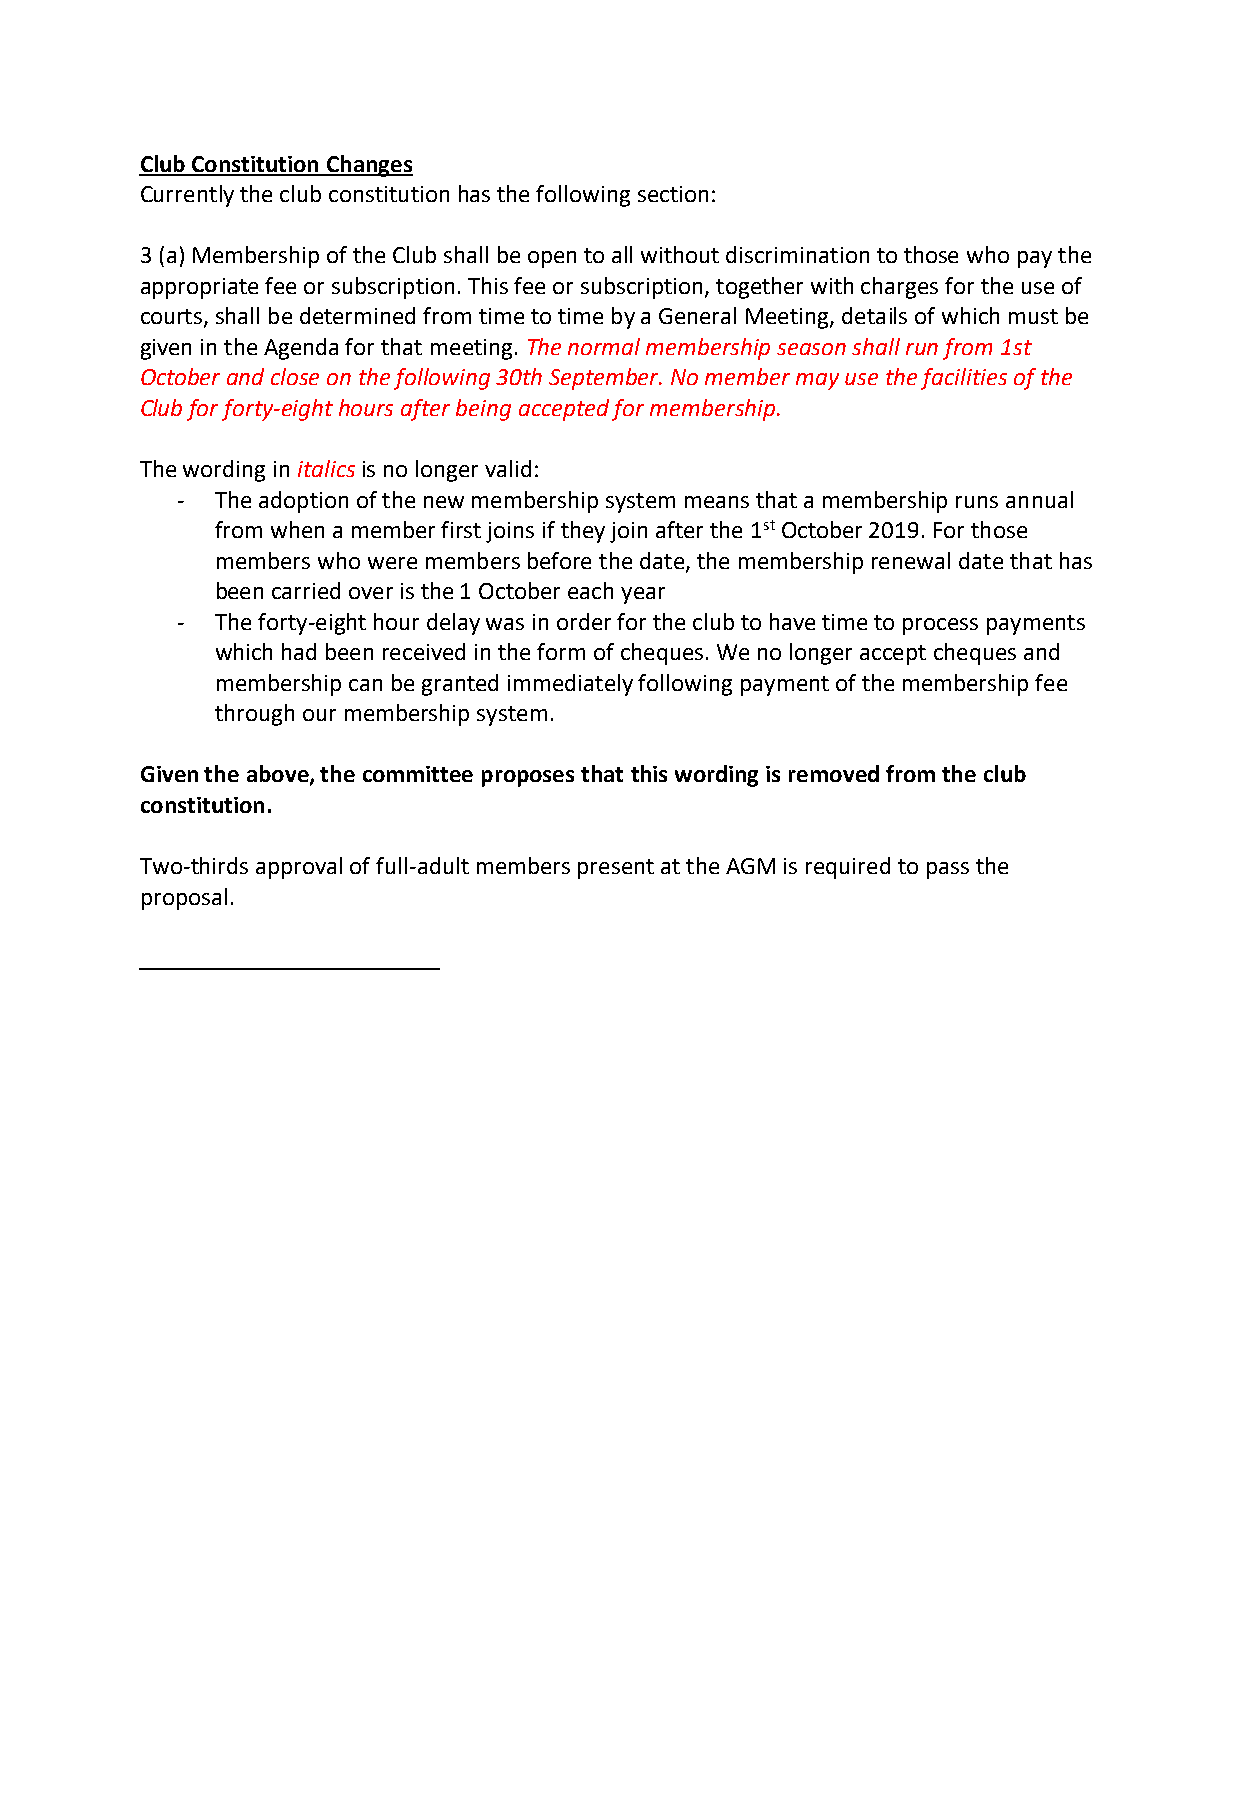
Club Constitution Changes
 Currently the club constitution has the following section:
 3 (a) Membership of the Club shall be open to all without discrimination to those who pay the
 appropriate fee or subscription. This fee or subscription, together with charges for the use of
 courts, shall be determined from time to time by a General Meeting, details of which must be
 given in the Agenda for that meeting. The normal membership season shall run from 1st
 October and close on the following 30th September. No member may use the facilities of the
 Club for forty-eight hours after being accepted for membership.
 The wording in italics is no longer valid:
 - The adoption of the new membership system means that a membership runs annual
 from when a member first joins if they join after the 1st October 2019. For those
 members who were members before the date, the membership renewal date that has
 been carried over is the 1 October each year
 - The forty-eight hour delay was in order for the club to have time to process payments
 which had been received in the form of cheques. We no longer accept cheques and
 membership can be granted immediately following payment of the membership fee
 through our membership system.
 Given the above, the committee proposes that this wording is removed from the club
 constitution.
 Two-thirds approval of full-adult members present at the AGM is required to pass the
 proposal.